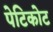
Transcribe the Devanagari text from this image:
पेटिकोट